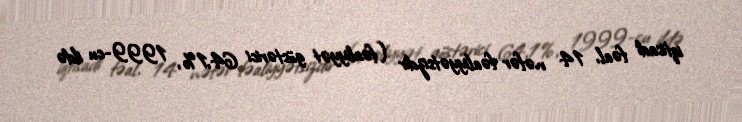
iqtisadi fəal, 14 nəfər fəaliyyətsizdir (fəaliyyət göstərici 64,1%, 1999-cu ildə